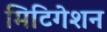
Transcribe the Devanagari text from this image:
मिटिगेशन